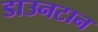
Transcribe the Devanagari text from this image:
डाउनटान